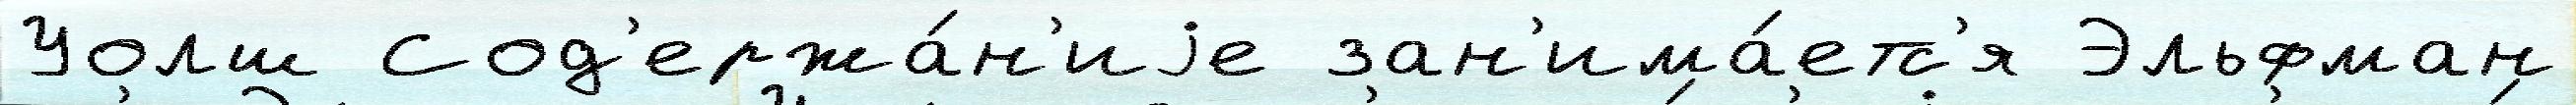
Уолш Сод'ержа́н'иjе зан'има́етс'я Эльфман